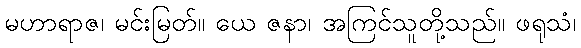
မဟာရာဇ၊ မင်းမြတ်။ ယေ ဇနာ၊ အကြင်သူတို့သည်။ ဖရုသံ၊